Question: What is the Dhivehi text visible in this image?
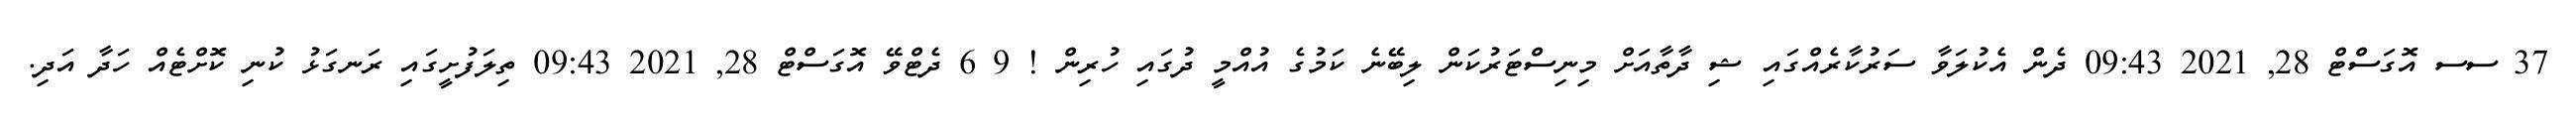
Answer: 37 ސސ އޮގަސްޓް 28, 2021 09:43 ދެން އެކުލަވާ ސަރުކާރެއްގައި ޝި ދާތާއަށް މިނިސްޓަރުކަން ލިބޭނެ ކަމުގެ އުއްމީ ދުގައި ހުރިން ! 9 6 ދެޓްވޭ އޮގަސްޓް 28, 2021 09:43 ތިލަފުށީގައި ރަނގަޅު ކުނި ކޮށްޓެއް ހަދާ އަދި.